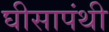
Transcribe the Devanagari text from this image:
घीसापंथी